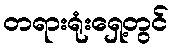
တရားရုံးရှေ့တွင်